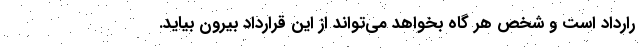
رارداد است و شخص هر گاه بخواهد می‌تواند از این قرارداد بیرون بیاید.